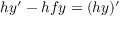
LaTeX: h y ^ { \prime } - h f y = ( h y ) ^ { \prime }